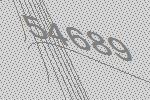
54689